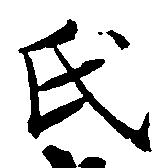
氏